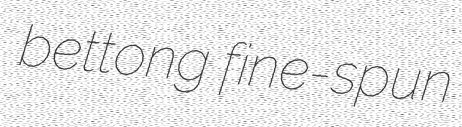
bettong fine-spun